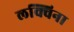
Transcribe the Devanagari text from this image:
लक्विना